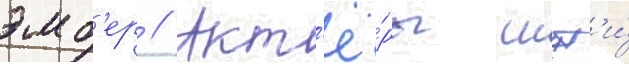
эмб'ер // Акт'ё́ры шут'и́